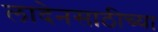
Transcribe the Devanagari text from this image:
लादेनसाठीच्या